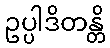
ဥပ္ပါဒိတန္တိ